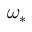
\omega _ { * }